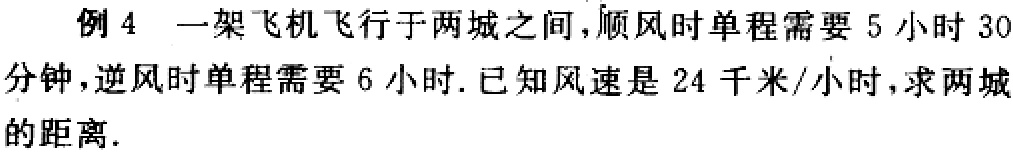
例 4 一架飞机飞行于两城之间，顺风时单程需要 5 小时 30分钟，逆风时单程需要 6 小时. 已知风速是 24 千米/小时，求两城的距离.